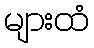
များထံ